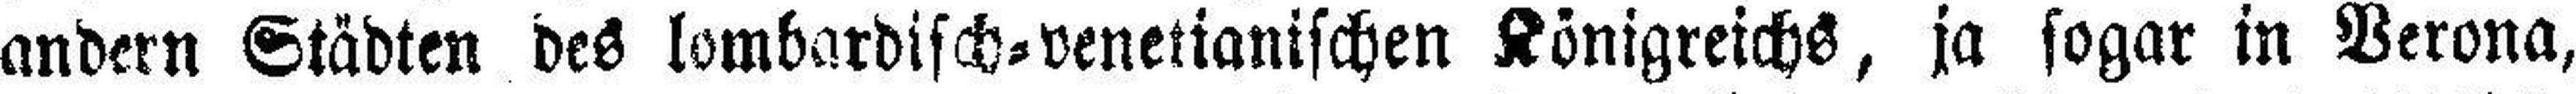
andern Städten des lombardisch=venetianischen Königreichs, ja sogar in Verona,